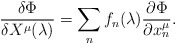
\begin{align*}{\delta\Phi\over\delta X^\mu(\lambda)}=\sum_n f_n(\lambda){\partial\Phi\over\partial x^\mu_n}.\end{align*}